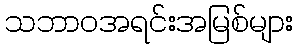
သဘာဝအရင်းအမြစ်များ